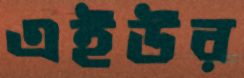
এইউর